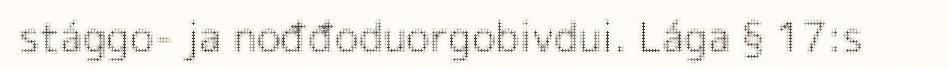
stággo- ja nođđoduorgobivdui. Lága § 17:s